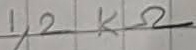
Text: 1,2KΩ